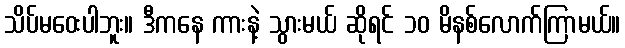
သိပ်မဝေးပါဘူး။ ဒီကနေ ကားနဲ့ သွားမယ် ဆိုရင် ၁၀ မိနစ်လောက်ကြာမယ်။